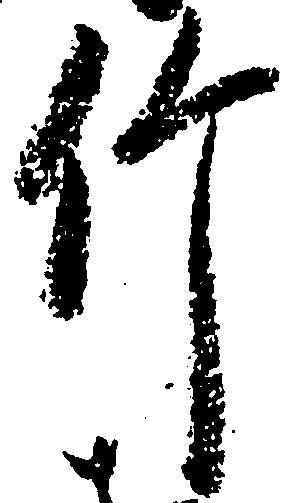
竹